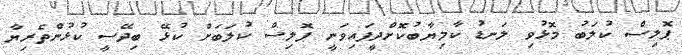
ޕޮލިސް ކުލަބު މޮޅުވި ލަނޑު ކާމިޔާބުކޮށްދީފައިވަނީ ޕޮލިސް ކުލަބަށް ކުޅޭ ބިދޭސީ ކުޅުންތެރިޔާ